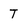
Character: T